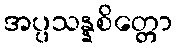
အပ္ပသန္နစိတ္တော